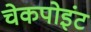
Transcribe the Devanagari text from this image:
चेकपोइंट